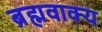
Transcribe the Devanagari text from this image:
ब्रह्मवाक्‍य